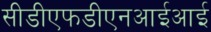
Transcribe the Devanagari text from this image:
सीडीएफडीएनआईआई